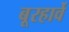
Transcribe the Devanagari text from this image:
बूरहार्वे